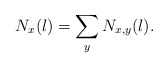
\begin{align*}N_{x}(l)=\sum_{y}N_{x,y}(l).\end{align*}